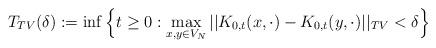
LaTeX: \begin{align*}T_{TV}(\delta):=\inf\Big\{t\ge0:\max_{x,y\in V_N}||K_{0,t}(x,\cdot)-K_{0,t}(y,\cdot)||_{TV}<\delta\Big\}\end{align*}